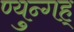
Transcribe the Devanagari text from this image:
ण्युन्गह्